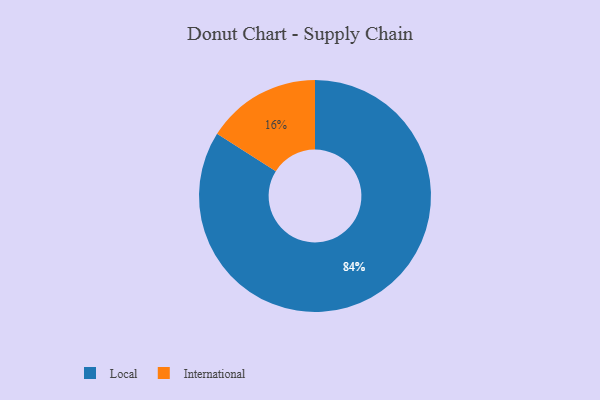
{"axis": {"x": "Category", "y": "Percentage"}, "legend": ["International", "Local"], "data": [{"x": "Local", "y": 84, "type": "Local"}, {"x": "International", "y": 16, "type": "International"}]}